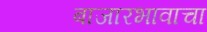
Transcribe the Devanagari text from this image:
बाजारभावाचा